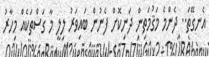
އެނގޭތަ.. ދެންމެ މަޤުމަތިން ދަނިކޮށް ފެނުން ބައިވަރު ލިލީ މާ ގަސްތަކެއް މިހާރު